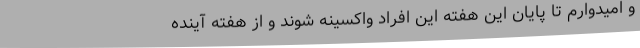
و امیدوارم تا پایان این هفته این افراد واکسینه شوند و از هفته آینده